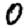
Digit: 0